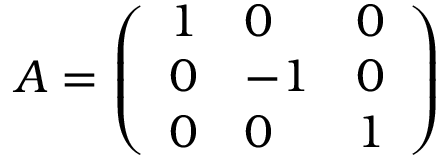
A = \left( \begin{array} { l l l } { { 1 } } & { { 0 } } & { { 0 } } \\ { { 0 } } & { { - 1 } } & { { 0 } } \\ { { 0 } } & { { 0 } } & { { 1 } } \end{array} \right)